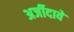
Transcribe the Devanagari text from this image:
अर्जीदावे